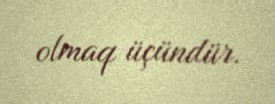
olmaq üçündür.